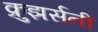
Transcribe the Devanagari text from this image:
क्रुझर्सनी